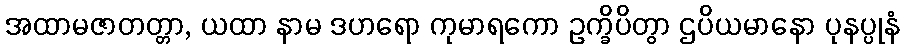
အထာမဇာတတ္တာ, ယထာ နာမ ဒဟရော ကုမာရကော ဥက္ခိပိတွာ ဌပိယမာနော ပုနပ္ပုနံ